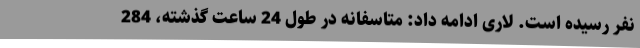
نفر رسیده است. لاری ادامه داد: متاسفانه در طول 24 ساعت گذشته، 284